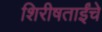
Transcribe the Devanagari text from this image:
शिरीषताईंचे